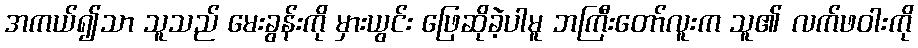
အကယ်၍သာ သူသည် မေးခွန်းကို မှားယွင်း ဖြေဆိုခဲ့ပါမူ ဘကြီးတော်လူးက သူ၏ လက်ဖဝါးကို